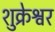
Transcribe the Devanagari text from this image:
शुक्रेश्वर